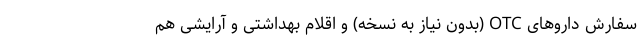
سفارش داروهای OTC (بدون نیاز به نسخه) و اقلام بهداشتی و آرایشی هم